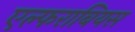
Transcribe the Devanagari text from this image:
एल्फराबियस